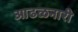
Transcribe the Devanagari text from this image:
आढळनारी